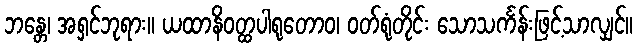
ဘန္တေ၊ အရှင်ဘုရား။ ယထာနိဝတ္ထပါရုတောဝ၊ ဝတ်ရုံတိုင်း သောသင်္ကန်းဖြင့်သာလျှင်။